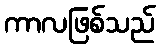
ကာလဖြစ်သည်